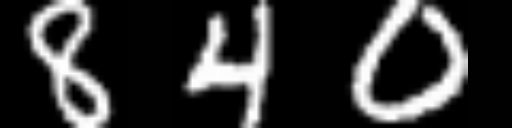
Text: 840